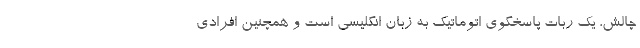
چالش، یک ربات پاسخگوی اتوماتیک به زبان انگلیسی است و همچنین افرادی